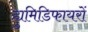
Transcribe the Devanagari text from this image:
ह्युमिडिफायरों